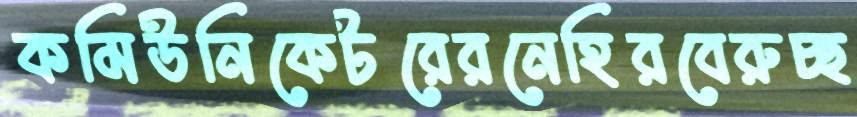
কমিউনিকেটরেরনেহিরবেরুচ্ছ